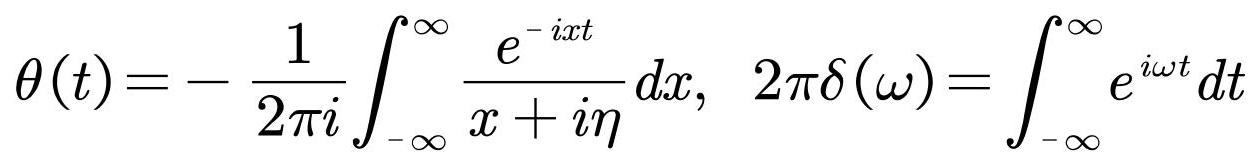
\[
\theta(t)=-\frac{1}{2\pi i}\int_{-\infty}^{\infty}\frac{e^{-ixt}}{x + i\eta}dx, \quad 2\pi\delta(\omega)=\int_{-\infty}^{\infty}e^{i\omega t}dt
\]